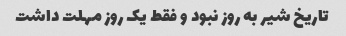
تاریخ شیر به روز نبود و فقط یک روز مهلت داشت